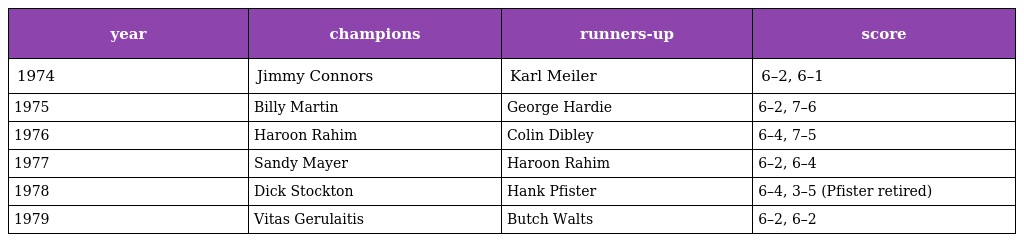
| year | champions | runners-up | score |
 | --- | --- | --- | --- |
 | 1974 | Jimmy Connors | Karl Meiler | 6–2, 6–1 |
 | 1975 | Billy Martin | George Hardie | 6–2, 7–6 |
 | 1976 | Haroon Rahim | Colin Dibley | 6–4, 7–5 |
 | 1977 | Sandy Mayer | Haroon Rahim | 6–2, 6–4 |
 | 1978 | Dick Stockton | Hank Pfister | 6–4, 3–5 (Pfister retired) |
 | 1979 | Vitas Gerulaitis | Butch Walts | 6–2, 6–2 |